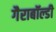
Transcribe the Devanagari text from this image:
गैराबॉल्डी